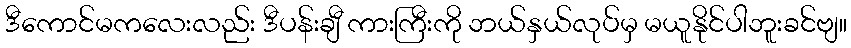
ဒီကောင်မကလေးလည်း ဒီပန်းချီ ကားကြီးကို ဘယ်နှယ်လုပ်မှ မယူနိုင်ပါဘူးခင်ဗျ။